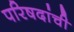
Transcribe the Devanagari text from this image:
परिषदांची